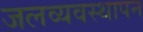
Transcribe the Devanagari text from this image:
जलव्यवस्थापन